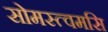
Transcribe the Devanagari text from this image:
सोमस्त्वमसि